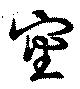
審